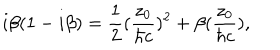
i { \beta } ( 1 - i { \beta } ) = \frac { 1 } { 2 } ( \frac { z _ { 0 } } { { \hbar } c } ) ^ { 2 } + { \beta } ( \frac { z _ { 0 } } { { \hbar } c } ) ,